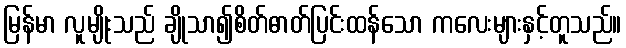
မြန်မာ လူမျိုးသည် ချိုသာ၍စိတ်ဓာတ်ပြင်းထန်သော ကလေးများနှင့်တူသည်။